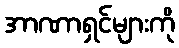
အာဏာရှင်များကို